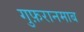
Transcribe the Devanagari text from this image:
गुफ़रानमाब